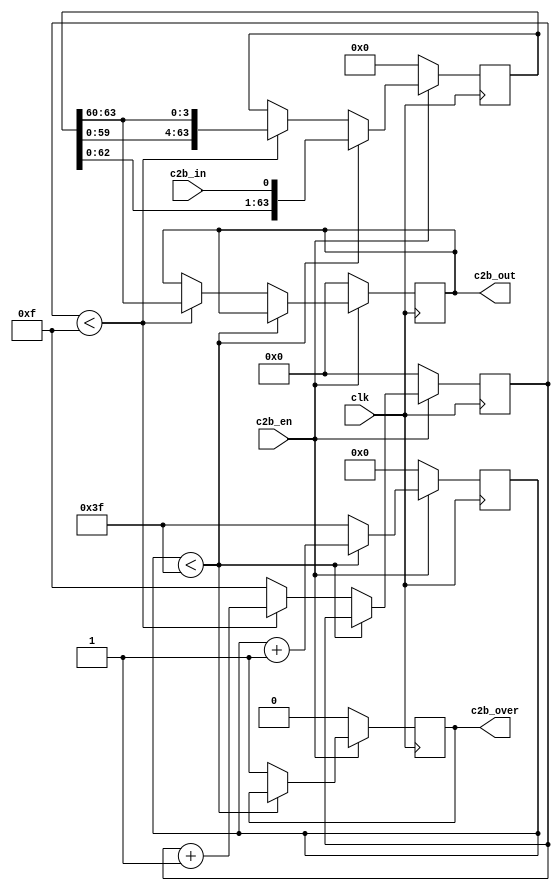
`timescale 1ns / 1ps

module c2b2(
    input clk,
	 input c2b_en,
	 input c2b_in,
	 output[3:0] c2b_out,
	 output c2b_over
    );
reg[3:0] cnt_rsc2 = 0;
reg[3:0] rsc2 = 0;
reg[63:0] middle = 0;
reg[5:0] in_cnt = 0;
reg c2b_o;

assign c2b_over = c2b_o;
assign c2b_out = rsc2;

always @(posedge clk)
 begin
  if(!c2b_en)
   begin
	 in_cnt<=0;
	 middle<=0;
	 cnt_rsc2<=0;
	 rsc2<=0;
	 c2b_o<=0;
	end
  else
   begin
	 if(in_cnt<63)
	  begin
		middle<={middle[62:0],c2b_in};
		in_cnt<=in_cnt+1;
	  end
	 else
	  begin
		in_cnt<=63;
		c2b_o<=1;
		if(cnt_rsc2<15)                     //4*16=64
	    begin
	     rsc2<=middle[63:60];
	     middle<={middle[59:0],middle[63:60]};
	     cnt_rsc2<=cnt_rsc2+1;
	    end
	   else
	    begin
	     cnt_rsc2<=15;
	    end
	  end
	end
end
 
endmodule